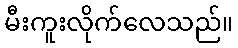
မီးကူးလိုက်လေသည်။